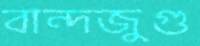
বান্দজুগু